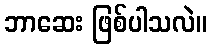
ဘာဆေး ဖြစ်ပါသလဲ။